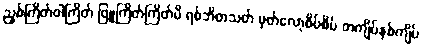
ညှစ်ကြိတ်ဝါကြိတ် ဖြူကြိတ်ကြိတ်မိ ရစ်ဘိတသတ် မှတ်လော့စိပ်စိပ် တကျိပ်နှစ်ကျိပ်